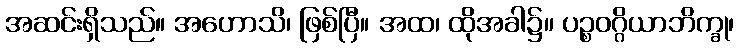
အဆင်းရှိသည်။ အဟောသိ၊ ဖြစ်ပြီ။ အထ၊ ထိုအခါ၌။ ပဉ္စဝဂ္ဂိယာဘိက္ခု၊